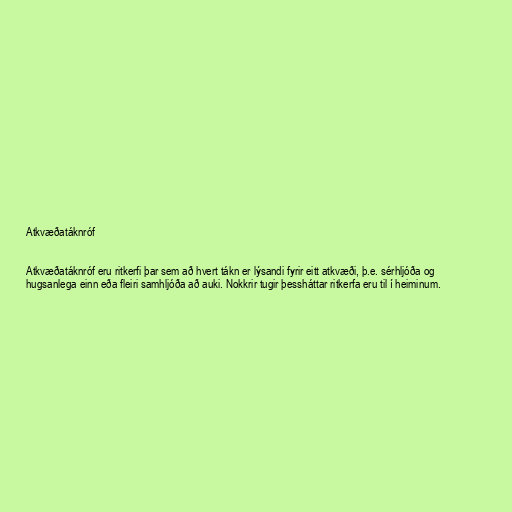
Atkvæðatáknróf

Atkvæðatáknróf eru ritkerfi þar sem að hvert tákn er lýsandi fyrir eitt atkvæði, þ.e. sérhljóða og
hugsanlega einn eða fleiri samhljóða að auki. Nokkrir tugir þessháttar ritkerfa eru til í heiminum.